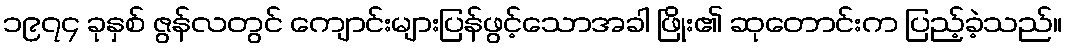
၁၉၇၄ ခုနှစ် ဇွန်လတွင် ကျောင်းများပြန်ဖွင့်သောအခါ ဖြိုး၏ ဆုတောင်းက ပြည့်ခဲ့သည်။